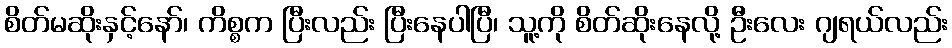
စိတ်မဆိုးနှင့်နော်၊ ကိစ္စက ပြီးလည်း ပြီးနေပါပြီ၊ သူ့ကို စိတ်ဆိုးနေလို့ ဦးလေး ဂျရယ်လည်း